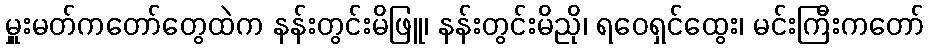
မှူးမတ်ကတော်တွေထဲက နန်းတွင်းမိဖြူ၊ နန်းတွင်းမိညို၊ ရဝေရှင်ထွေး၊ မင်းကြီးကတော်